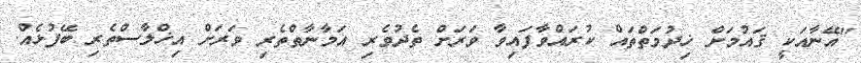
"އޭނާއަކީ ޤައުމަށް ޚިދުމަތްތައް ކުރައްވާފައިވާ ވަރަށް ތެދުވެރި އަމާނާތްތެރި ވަރަށް އިޚްލާސްތެރި ބޭފުޅެއް.